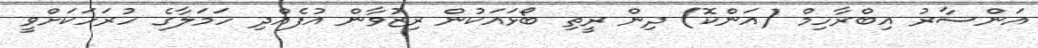
އަންސާރު އިބްރާހިމް (އަންކޮ) ދިން ރީތި ބޯޅައަކުން ރިޒުވާން އުފެއްދި ހަމަލާގެ ހުރަހަކަށްވީ